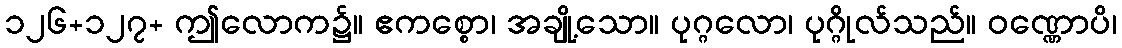
၁၂၆+၁၂၇+ ဤလောက၌။ ဧကစ္စော၊ အချို့သော။ ပုဂ္ဂလော၊ ပုဂ္ဂိုလ်သည်။ ဝဏ္ဏောပိ၊